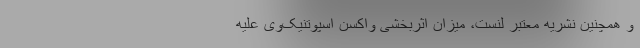
و همچنین نشریه معتبر لَنست، میزان اثربخشی واکسن اسپوتنیک‌وی علیه